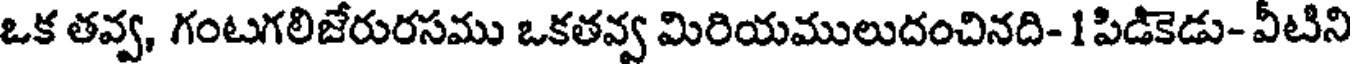
ఒక తవ్వ, గంటగలిజేరురసము ఒకతవ్వ మిరియములుదంచినది- 1 పిడికెడు- వీటిని